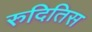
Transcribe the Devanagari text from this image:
रुदितिस